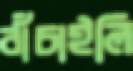
বাঁচাইলি